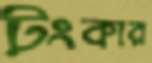
টংকার